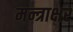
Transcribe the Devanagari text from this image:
मन्त्राक्षर